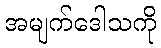
အမျက်ဒေါသကို